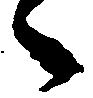
々